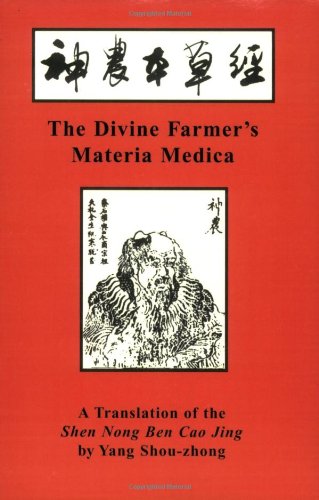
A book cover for The Divine Farmer's Materia Medica: A Translation of the Shen Nong Ben Cao (Blue Poppy's Great Masters Series); Health, Fitness & Dieting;